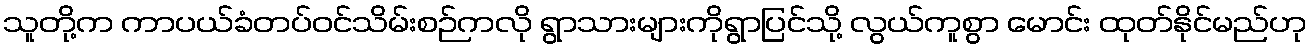
သူတို့က ကာပယ်ခံတပ်ဝင်သိမ်းစဉ်ကလို ရွာသားများကိုရွာပြင်သို့ လွယ်ကူစွာ မောင်း ထုတ်နိုင်မည်ဟု